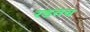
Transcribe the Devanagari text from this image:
रडतच